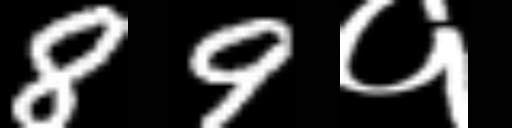
Text: 89१